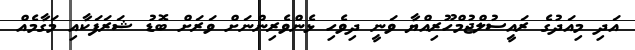
އަދި މިއަދުގެ ރައީސުލްޖުމްހޫރިއްޔާ ވަނީ ދިވެހި ޅެންވެރިންނަށް ވަރަށް ބޮޑު ޝަރަފަކާއި މަގާމެއް